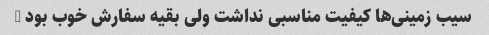
سیب زمینی‌ها کیفیت مناسبی نداشت ولی بقیه سفارش خوب بود …